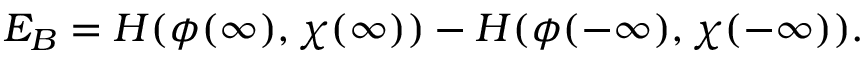
E _ { B } = H ( \phi ( \infty ) , \chi ( \infty ) ) - H ( \phi ( - \infty ) , \chi ( - \infty ) ) .